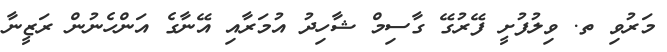
މަރުވި ތ. ވިލުފުށީ ފޭރުގޭ ގާސިމް ޝާހިދު އުމަރާއި އޭނާގެ އަންހެނުން ރަޒީނާ